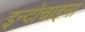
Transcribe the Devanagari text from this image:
इन्दोचाइना